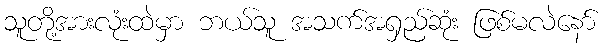
သူတို့အားလုံးထဲမှာ ဘယ်သူ အသက်အရှည်ဆုံး ဖြစ်မလဲနော်